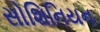
સોશિનિયન